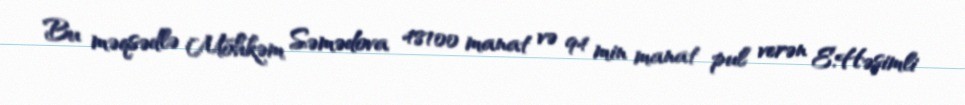
Bu məqsədlə Möhkəm Səmədova 48100 manat və 94 min manat pul verən E.Həşimli